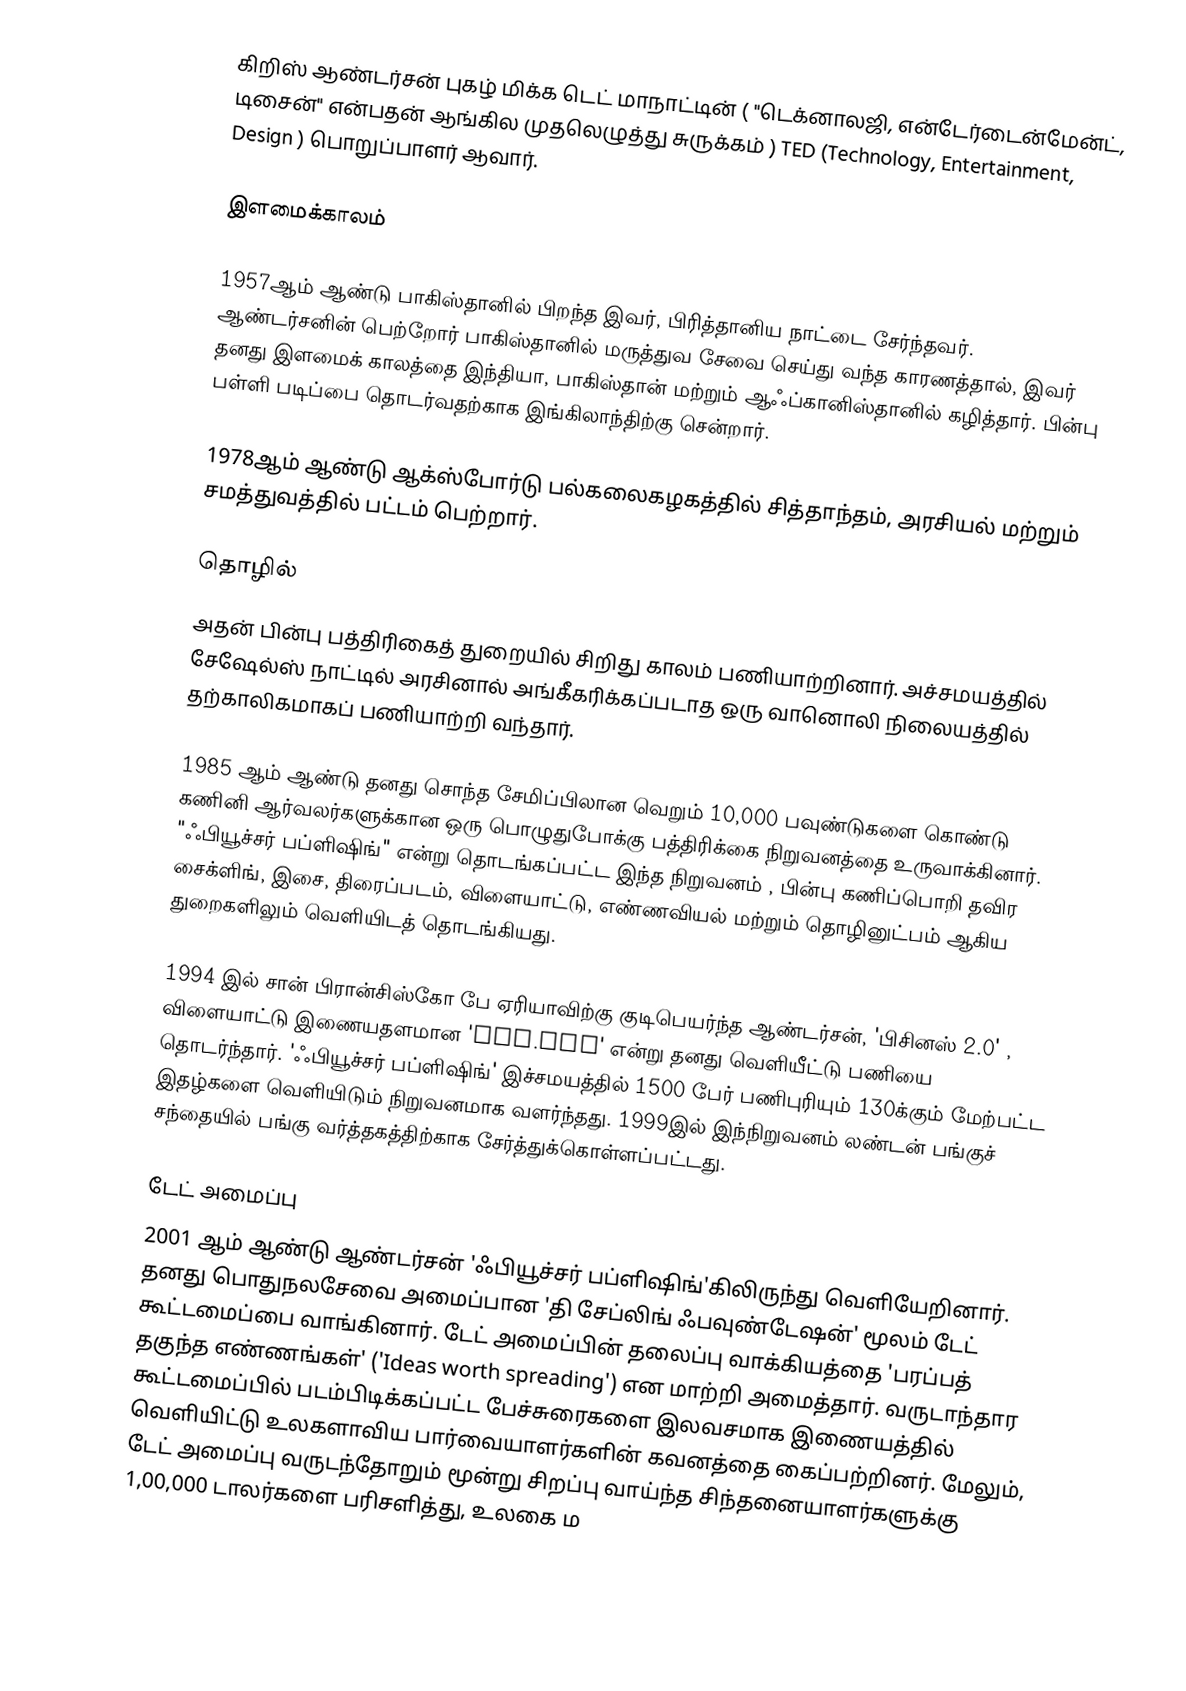
கிறிஸ் ஆண்டர்சன் புகழ் மிக்க டெட் மாநாட்டின் ( "டெக்னாலஜி, என்டேர்டைன்மேன்ட், டிசைன்" என்பதன் ஆங்கில முதலெழுத்து சுருக்கம் ) TED (Technology, Entertainment, Design ) பொறுப்பாளர் ஆவார்.

இளமைக்காலம்

1957ஆம் ஆண்டு பாகிஸ்தானில் பிறந்த இவர், பிரித்தானிய நாட்டை சேர்ந்தவர். ஆண்டர்சனின் பெற்றோர் பாகிஸ்தானில் மருத்துவ சேவை செய்து வந்த காரணத்தால், இவர் தனது இளமைக் காலத்தை இந்தியா, பாகிஸ்தான் மற்றும் ஆஃப்கானிஸ்தானில் கழித்தார். பின்பு பள்ளி படிப்பை தொடர்வதற்காக இங்கிலாந்திற்கு சென்றார்.

1978ஆம் ஆண்டு ஆக்ஸ்போர்டு பல்கலைகழகத்தில் சித்தாந்தம், அரசியல் மற்றும் சமத்துவத்தில் பட்டம் பெற்றார்.

தொழில்
அதன் பின்பு பத்திரிகைத் துறையில் சிறிது காலம் பணியாற்றினார். அச்சமயத்தில் சேஷேல்ஸ் நாட்டில் அரசினால் அங்கீகரிக்கப்படாத ஒரு வானொலி நிலையத்தில் தற்காலிகமாகப் பணியாற்றி வந்தார்.

1985 ஆம் ஆண்டு தனது சொந்த சேமிப்பிலான வெறும் 10,000 பவுண்டுகளை கொண்டு கணினி ஆர்வலர்களுக்கான ஒரு பொழுதுபோக்கு பத்திரிக்கை நிறுவனத்தை உருவாக்கினார். "ஃபியூச்சர் பப்ளிஷிங்" என்று தொடங்கப்பட்ட இந்த நிறுவனம் , பின்பு கணிப்பொறி தவிர சைக்ளிங், இசை, திரைப்படம், விளையாட்டு, எண்ணவியல் மற்றும் தொழினுட்பம் ஆகிய துறைகளிலும் வெளியிடத் தொடங்கியது.

1994 இல் சான் பிரான்சிஸ்கோ பே ஏரியாவிற்கு குடிபெயர்ந்த ஆண்டர்சன், 'பிசினஸ் 2.0' , விளையாட்டு இணையதளமான 'IGN.com' என்று தனது வெளியீட்டு பணியை தொடர்ந்தார். 'ஃபியூச்சர் பப்ளிஷிங்' இச்சமயத்தில் 1500 பேர் பணிபுரியும் 130க்கும் மேற்பட்ட இதழ்களை வெளியிடும் நிறுவனமாக வளர்ந்தது. 1999இல் இந்நிறுவனம் லண்டன் பங்குச் சந்தையில் பங்கு வர்த்தகத்திற்காக சேர்த்துக்கொள்ளப்பட்டது.

டேட் அமைப்பு
2001 ஆம் ஆண்டு ஆண்டர்சன் 'ஃபியூச்சர் பப்ளிஷிங்'கிலிருந்து வெளியேறினார். தனது பொதுநலசேவை அமைப்பான 'தி சேப்லிங் ஃபவுண்டேஷன்' மூலம் டேட் கூட்டமைப்பை வாங்கினார். டேட் அமைப்பின் தலைப்பு வாக்கியத்தை 'பரப்பத் தகுந்த எண்ணங்கள்' ('Ideas worth spreading') என மாற்றி அமைத்தார். வருடாந்தார கூட்டமைப்பில் படம்பிடிக்கப்பட்ட பேச்சுரைகளை இலவசமாக இணையத்தில் வெளியிட்டு உலகளாவிய பார்வையாளர்களின் கவனத்தை கைப்பற்றினர். மேலும், டேட் அமைப்பு வருடந்தோறும் மூன்று சிறப்பு வாய்ந்த சிந்தனையாளர்களுக்கு 1,00,000 டாலர்களை பரிசளித்து, உலகை ம